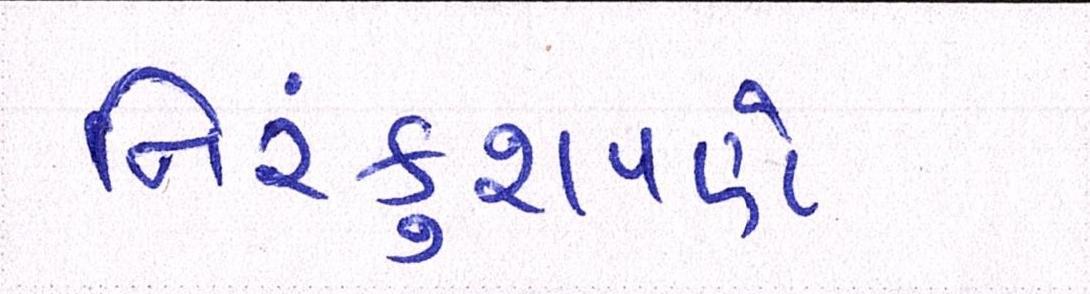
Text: નિરંકુશપણે